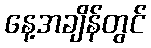
နေ့အချိန်တွင်